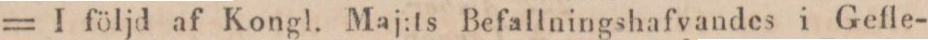
= I följd af Kongl. Maj:ts Befallningshafvandes i Gefle-